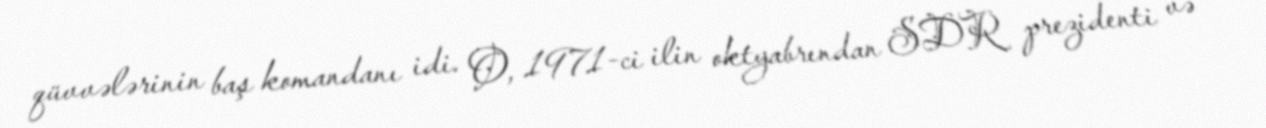
qüvvələrinin baş komandanı idi. O, 1971-ci ilin oktyabrından SDR prezidenti və